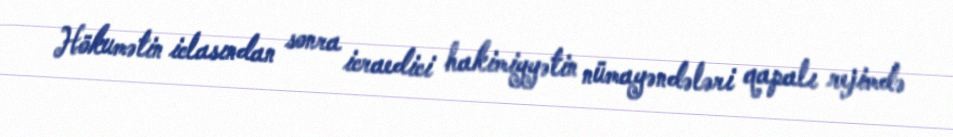
Hökumətin iclasından sonra icraedici hakimiyyətin nümayəndələri qapalı rejimdə